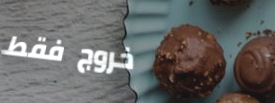
خروج فقط